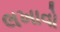
લખાવો